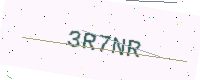
Text: 3R7NR